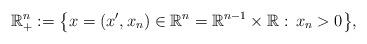
LaTeX: \begin{align*}{\mathbb{R}}^{n}_{+}:=\big\{x=(x',x_n)\in{\mathbb{R}}^{n}={\mathbb{R}}^{n-1}\times{\mathbb{R}}:\,x_n>0\big\},\end{align*}